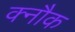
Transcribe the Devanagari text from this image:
क्नौक